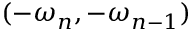
( - \omega _ { n } , - \omega _ { n - 1 } )